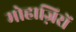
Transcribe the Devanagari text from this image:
मोहाज़िरों